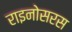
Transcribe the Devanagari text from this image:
राइनोसरस